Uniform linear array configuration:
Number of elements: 32
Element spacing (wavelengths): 0.75
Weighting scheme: hann
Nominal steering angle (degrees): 0
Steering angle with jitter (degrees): -0.01125
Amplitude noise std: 0.05
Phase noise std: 0.05

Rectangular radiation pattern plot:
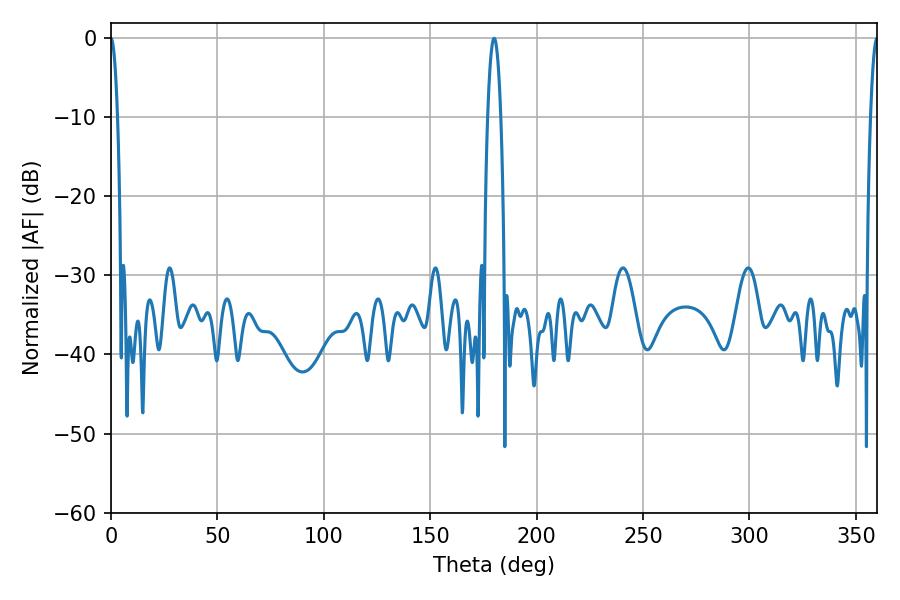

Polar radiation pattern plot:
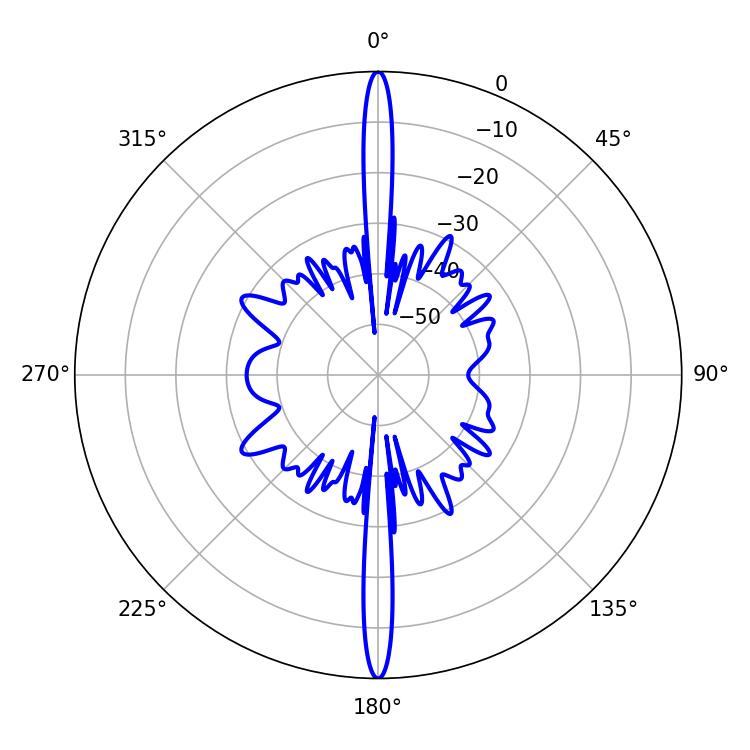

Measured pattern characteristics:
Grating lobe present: TRUE
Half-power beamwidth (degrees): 1.62
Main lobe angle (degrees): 0